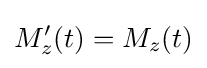
M_{z}'(t)=M_{z}(t)